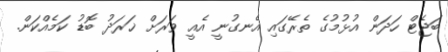
ބަޖެޓް ހަދަން އުޅުމުގެ ތެރޭގައި އެނގުނީ އެއީ ވަރަށް ޚަރަދު ބޮޑު ކަމެއްކަން.